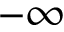
- \infty